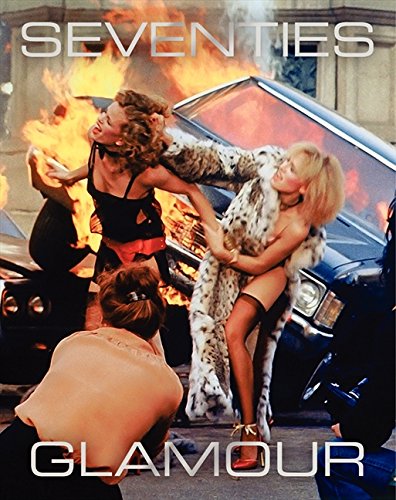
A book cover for Seventies Glamour; David Wills; Humor & Entertainment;